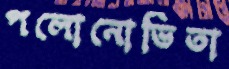
পলোনোভিতা